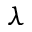
\lambda